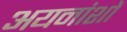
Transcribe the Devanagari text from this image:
अयनांशों